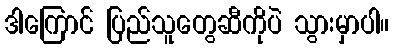
ဒါကြောင် ပြည်သူတွေဆီကိုပဲ သွားမှာပါ။